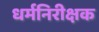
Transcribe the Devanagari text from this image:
धर्मनिरीक्षक